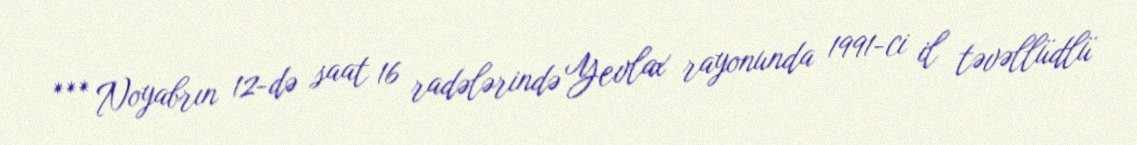
*** Noyabrın 12-də saat 16 radələrində Yevlax rayonunda 1991-ci il təvəllüdlü